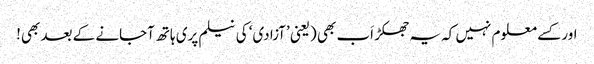
اور کسے معلوم نہیں کہ یہ جھکڑ اَب بھی (یعنی ’آزادی‘ کی نیلم پری ہاتھ آجانے کے بعد بھی!